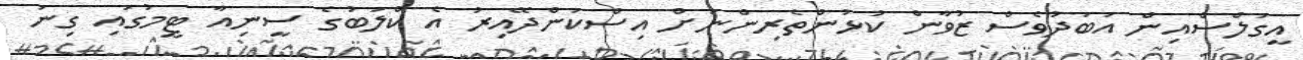
އީގަލްސްއިން އަބަދުވެސް ޒުވާން ކުޅުންތެރިންނަށް އިސްކަންދޭއިރު އެ ކްލަބުގެ ސީނިއާ ޓީމުގައި ގިނަ